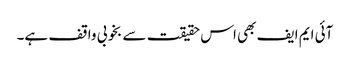
آئی ایم ایف بھی اس حقیقت سے بخوبی واقف ہے۔